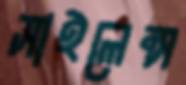
সাইলেন্স